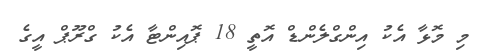
މި މޮޅާ އެކު އިންގްލެންޑް އޮތީ 18 ޕޮއިންޓާ އެކު ގްރޫޕް އީގެ